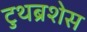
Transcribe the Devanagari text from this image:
टुथब्रशेस